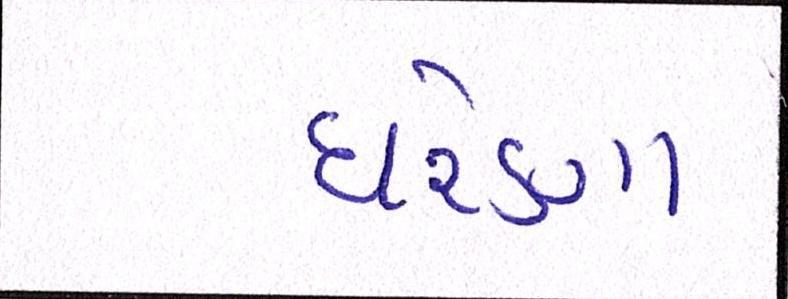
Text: ઘરેણા